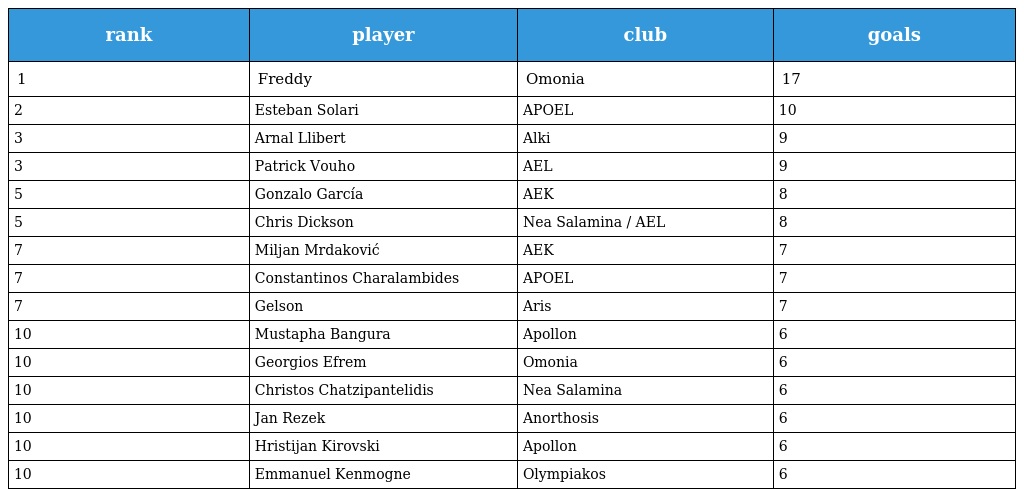
| rank | player | club | goals |
 | --- | --- | --- | --- |
 | 1 | Freddy | Omonia | 17 |
 | 2 | Esteban Solari | APOEL | 10 |
 | 3 | Arnal Llibert | Alki | 9 |
 | 3 | Patrick Vouho | AEL | 9 |
 | 5 | Gonzalo García | AEK | 8 |
 | 5 | Chris Dickson | Nea Salamina / AEL | 8 |
 | 7 | Miljan Mrdaković | AEK | 7 |
 | 7 | Constantinos Charalambides | APOEL | 7 |
 | 7 | Gelson | Aris | 7 |
 | 10 | Mustapha Bangura | Apollon | 6 |
 | 10 | Georgios Efrem | Omonia | 6 |
 | 10 | Christos Chatzipantelidis | Nea Salamina | 6 |
 | 10 | Jan Rezek | Anorthosis | 6 |
 | 10 | Hristijan Kirovski | Apollon | 6 |
 | 10 | Emmanuel Kenmogne | Olympiakos | 6 |